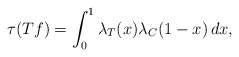
\begin{align*}\tau(Tf) = \int^1_0 \lambda_T(x) \lambda_C(1-x) \, dx,\end{align*}